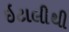
ઇટાલીથી